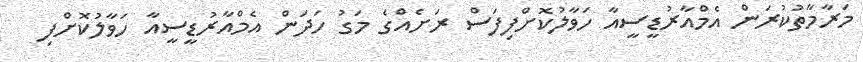
މަރާމާތުކުރަން އެމްއާރުޑީސީއާ ހަވާލުކޮށްފިފަސް ރަށެއްގެ މަގު ހަދަން އެމްއާރުޑީސީއާ ހަވާލުކޮށްފި